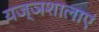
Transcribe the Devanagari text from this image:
यज्ञशालाएं